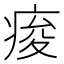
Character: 痠